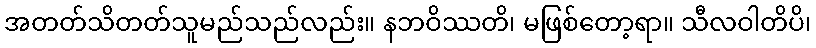
အတတ်သိတတ်သူမည်သည်လည်း။ နဘဝိဿတိ၊ မဖြစ်တော့ရာ။ သီလဝါတိပိ၊